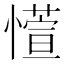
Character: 𫻊